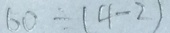
6 0 \div ( 4 - 2 )